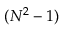
( N ^ { 2 } - 1 )